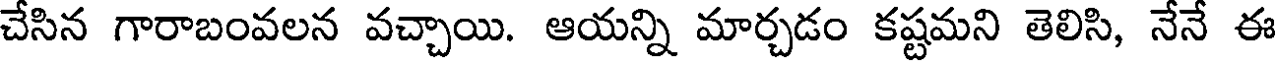
చేసిన గారాబంవలన వచ్చాయి. ఆయన్ని మార్చడం కష్టమని తెలిసి, నేనే ఈ